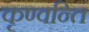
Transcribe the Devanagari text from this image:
कृण्वन्ति